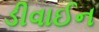
ડીવાઈન